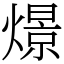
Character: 燝